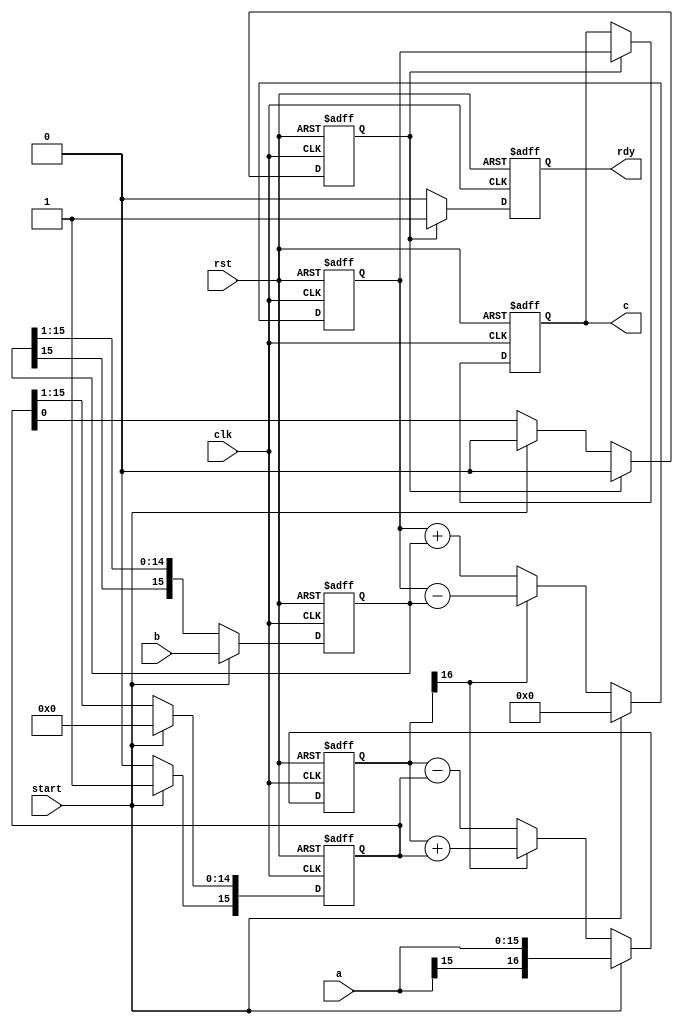
module cordic_mult_core
    #(parameter N=16)           
    (input clk,                 
     input rst,                 
     input [N-1:0]a,            
     input [N-1:0]b,            
     input start,               
     output reg [N-1:0]c,       
     output reg rdy);           
reg [N:0]x;         
reg [N-1:0]y;       
reg [N-1:0]z;       
reg [N-1:0]subs;    
reg finish;         
always @(posedge clk, posedge rst)
    if(rst)
        begin
          x<=0;
          y<=0;
          z<=0; 
          subs[N-1]<=0;
          subs[N-2:0]<=0;
          c<=0;
          rdy <=0;
          finish <=0;
        end else
            begin
                if(start)
                    begin
                      x<={a[N-1],a};        
                      y<=b;                 
                      z<=0;                 
                      subs[N-1]<=1;        
                      subs[N-2:0]<=0;
                      finish <= 0;
                    end else
                    if(x[N])                        
                    begin
                        x <= x + {1'b0,subs};       
                        y <= {y[N-1],y[N-1:1]};     
                        z <= z - y;                 
                        {subs,finish} <= {1'b0,subs[N-1:0]};   
                    end else
                    begin                           
                        x <= x - {1'b0,subs};       
                        y <= {y[N-1],y[N-1:1]};     
                        z <= z + y;                 
                        {subs,finish} <= {1'b0,subs[N-1:0]};   
                    end
                    if(finish)                      
                        begin                      
                           rdy<=1;                  
                           c <= z;                  
                           finish <= 0;
                        end else
                            rdy<=0;   
            end
endmodule